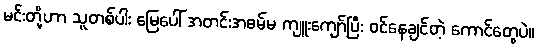
မင်းတို့ဟာ သူတစ်ပါး မြေပေါ် အတင်းအဓမ်မ ကျူးကျော်ပြီး ဝင်နေချင်တဲ့ ကောင်တွေပဲ။